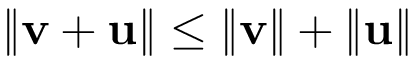
\| \mathbf { v } + \mathbf { u } \| \leq \| \mathbf { v } \| + \| \mathbf { u } \|